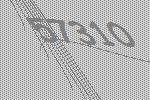
57310